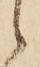
候